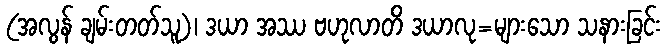
(အလွန် ချမ်းတတ်သူ)၊ ဒယာ အဿ ဗဟုလာတိ ဒယာလု=များသော သနားခြင်း